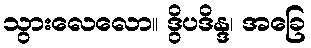
သွားလေလော။ ဒွိပဒိန္ဒ၊ အခြေ